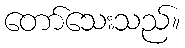
တော်သေးသည်။